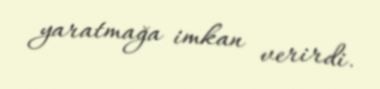
yaratmağa imkan verirdi.